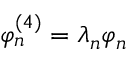
\varphi _ { n } ^ { ( 4 ) } = \lambda _ { n } \varphi _ { n }